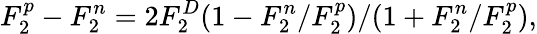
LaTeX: F_{2}^{p}-F_{2}^{n}=2F_{2}^{D}(1-F_{2}^{n}/F_{2}^{p})/(1+F_{2}^{n}/F_{2}^{p}),